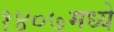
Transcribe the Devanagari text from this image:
१४०७मध्ये